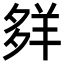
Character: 𦍹